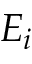
E _ { i }